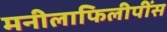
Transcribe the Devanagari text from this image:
मनीलाफिलीपींस